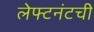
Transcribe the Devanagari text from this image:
लेफ्टनंटची